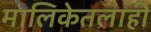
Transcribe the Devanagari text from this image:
मालिकेतलाही